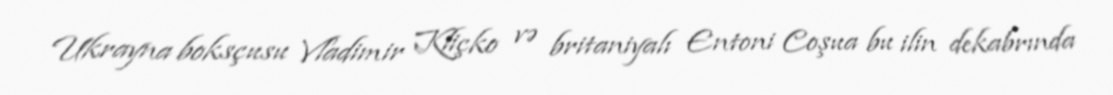
Ukrayna boksçusu Vladimir Kliçko və britaniyalı Entoni Coşua bu ilin dekabrında